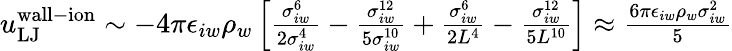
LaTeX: \begin{array}{r}{u_{\mathrm{LJ}}^{\mathrm{wall-ion}}\sim-4\pi\epsilon_{iw}\rho_{w}\left[\frac{\sigma_{iw}^{6}}{2\sigma_{iw}^{4}}-\frac{\sigma_{iw}^{12}}{5\sigma_{iw}^{10}}+\frac{\sigma_{iw}^{6}}{2L^{4}}-\frac{\sigma_{iw}^{12}}{5L^{10}}\right]\approx\frac{6\pi\epsilon_{iw}\rho_{w}\sigma_{iw}^{2}}{5}}\end{array}